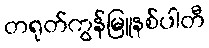
တရုတ်ကွန်မြူနစ်ပါတီ